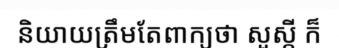
និយាយត្រឹមតែពាក្យថា សួស្តី ក៏